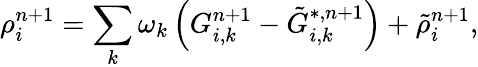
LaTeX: \rho_{i}^{n+1}=\sum_{k}{{\omega_{k}}\left({G_{i,k}^{n+1}-\tilde{G}_{i,k}^{*,n+1}}\right)}+\tilde{\rho}_{i}^{n+1},